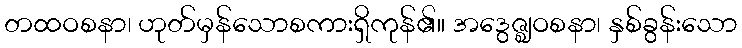
တထဝစနာ၊ ဟုတ်မှန်သောစကားရှိကုန်၏။ အဒွေဇ္ဈဝစနာ၊ နှစ်ခွန်းသော